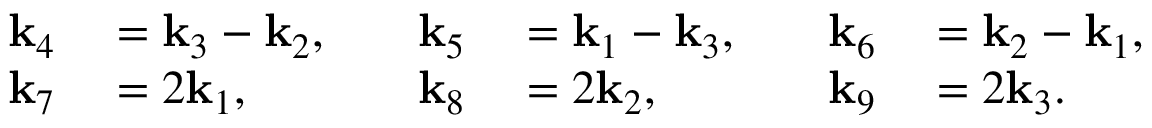
\begin{array} { r l } { \mathbf { k } _ { 4 } } & { { } = \mathbf { k } _ { 3 } - \mathbf { k } _ { 2 } , } \\ { \mathbf { k } _ { 7 } } & { { } = 2 \mathbf { k } _ { 1 } , } \end{array} \quad \begin{array} { r l } { \mathbf { k } _ { 5 } } & { { } = \mathbf { k } _ { 1 } - \mathbf { k } _ { 3 } , } \\ { \mathbf { k } _ { 8 } } & { { } = 2 \mathbf { k } _ { 2 } , } \end{array} \quad \begin{array} { r l } { \mathbf { k } _ { 6 } } & { { } = \mathbf { k } _ { 2 } - \mathbf { k } _ { 1 } , } \\ { \mathbf { k } _ { 9 } } & { { } = 2 \mathbf { k } _ { 3 } . } \end{array}